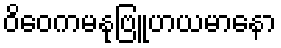
ဝိဝေကမနုဗြူဟယမာနော